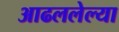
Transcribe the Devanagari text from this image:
आढललेल्या